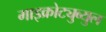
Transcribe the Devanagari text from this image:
माइक्रोट्युब्युल